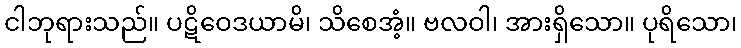
ငါဘုရားသည်။ ပဋိဝေဒယာမိ၊ သိစေအံ့။ ဗလဝါ၊ အားရှိသော။ ပုရိသော၊